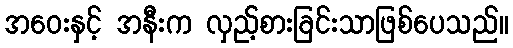
အဝေးနှင့် အနီးက လှည့်စားခြင်းသာဖြစ်ပေသည်။